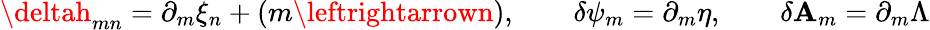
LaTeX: \deltah_{mn}=\partial_{m}\xi_{n}+(m\leftrightarrown),\qquad\delta\psi_{m}=\partial_{m}\eta,\qquad\delta\mathbf{A}_{m}=\partial_{m}\Lambda